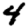
Digit: 4